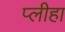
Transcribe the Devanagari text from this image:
प्‍लीहा